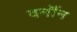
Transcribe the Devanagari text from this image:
वर्नॉन